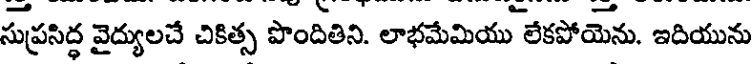
సుప్రసిద్ధ వైద్యులచే చికిత్స పొందితిని. లాభమేమియు లేకపోయెను. ఇదియును